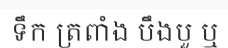
ទឹក ត្រពាំង បឹងបួ ឬ